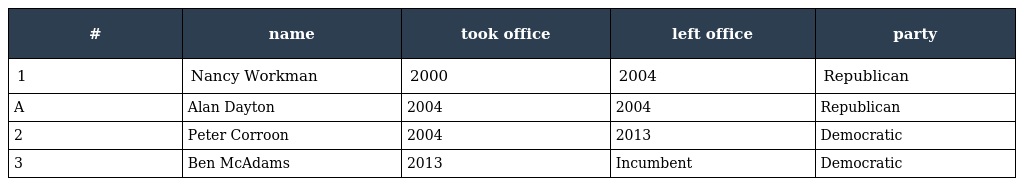
| # | name | took office | left office | party |
 | --- | --- | --- | --- | --- |
 | 1 | Nancy Workman | 2000 | 2004 | Republican |
 | A | Alan Dayton | 2004 | 2004 | Republican |
 | 2 | Peter Corroon | 2004 | 2013 | Democratic |
 | 3 | Ben McAdams | 2013 | Incumbent | Democratic |